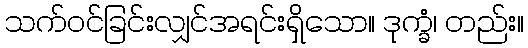
သက်ဝင်ခြင်းလျှင်အရင်းရှိသော။ ဒုက္ခံ၊ တည်း။